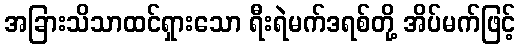
အခြားသိသာထင်ရှားသော ရီးရဲမက်ဒရစ်တို့ အိပ်မက်ဖြင့်